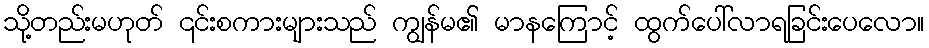
သို့တည်းမဟုတ် ၎င်းစကားများသည် ကျွန်မ၏ မာနကြောင့် ထွက်ပေါ်လာရခြင်းပေလော။